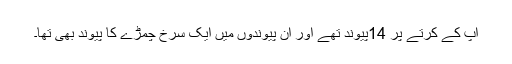
آپ کے کرتے پر 14پیوند تھے اور ان پیوندوں میں ایک سرخ چمڑے کا پیوند بھی تھا۔